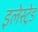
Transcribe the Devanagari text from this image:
इलेस्ट्रेड